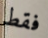
فقط